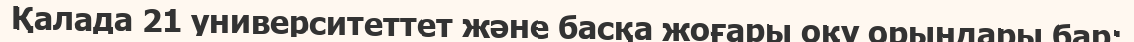
Қалада 21 университеттет және басқа жоғары оқу орындары бар: